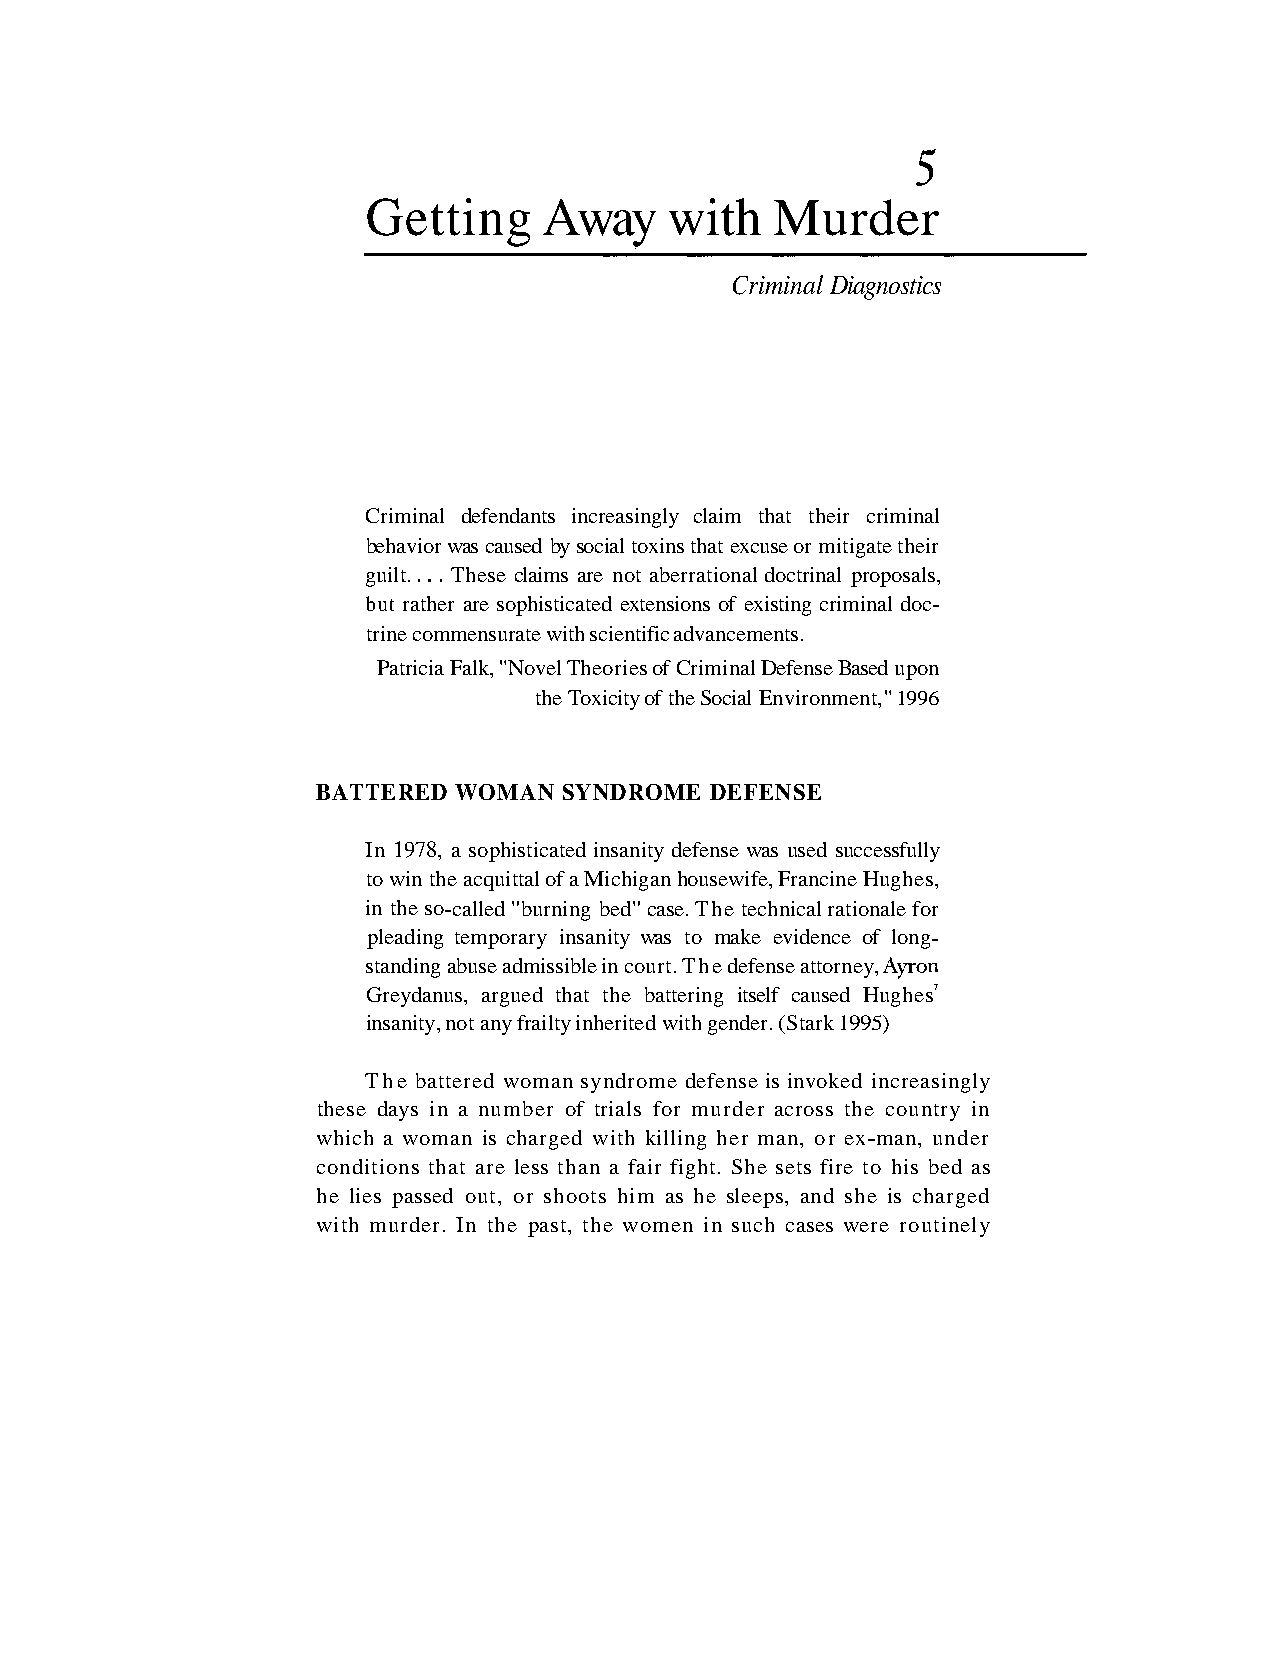
Getting     Away    with   Murder
 Criminal Diagnostics
 Criminal defendants increasingly claim that their criminal
 behavior was caused by social toxins that excuse or mitigate their
 guilt. . . . These claims are not aberrational doctrinal proposals,
 but rather are sophisticated extensions of existing criminal doc-
 trine commensurate with scientific advancements.
 Patricia Falk, "Novel Theories of Criminal Defense Based upon
 the Toxicity of the Social Environment," 1996
 BATTERED WOMAN  SYNDROME  DEFENSE
 In 1978, a sophisticated insanity defense was used successfully
 to win the acquittal of a Michigan housewife, Francine Hughes,
 in the so-called "burning bed" case. The technical rationale for
 pleading temporary insanity was to make evidence of long-
 standing abuse admissible in court. The defense attorney, Ayron
 Greydanus, argued that the battering itself caused Hughes7
 insanity, not any frailty inherited with gender. (Stark 1995)
 The battered woman syndrome defense is invoked increasingly
 these days in a number of trials for murder across the country in
 which a woman is charged with killing her man, or ex-man, under
 conditions that are less than a fair fight. She sets fire to his bed as
 he lies passed out, or shoots him as he sleeps, and she is charged
 with murder. In the past, the women in such cases were routinely